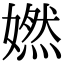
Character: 㜣